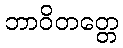
ဘာဝိတတ္တေ